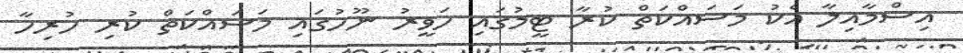
އިސްމާއިލާ އެކު މަސައްކަތް ކުރާ ޓީމުގައި ހަވީރު ނޫހުގައި މަސައްކަތް ކުރި ހުރިހާ